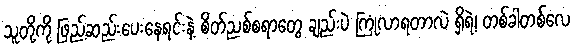
သူတို့ကို ဖြည့်ဆည်းပေးနေရင်းနဲ့ စိတ်ညစ်စရာတွေ ချည်းပဲ ကြုံလာရတာလဲ ရှိရဲ့၊ တစ်ခါတစ်လေ